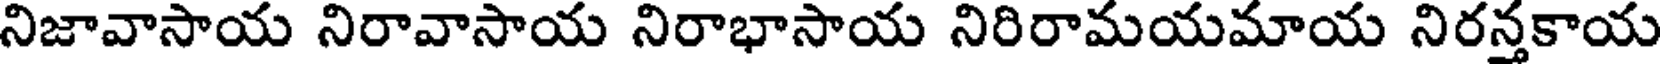
నిజావాసాయ నిరావాసాయ నిరాభాసాయ నిరిరామయమాయ నిరన్తకాయ